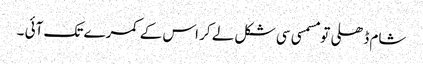
شام ڈھلی تو مسمسی سی شکل لے کر اس کے کمرے تک آئی ۔